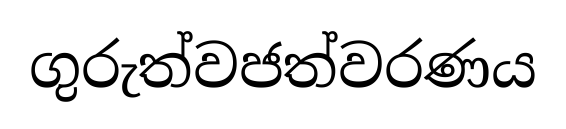
ගුරුත්වජත්වරණය